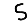
Digit: 5